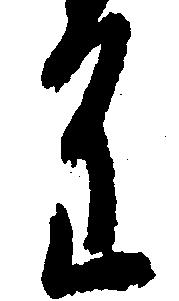
進